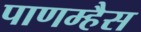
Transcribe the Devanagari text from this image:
पाणम्हैस